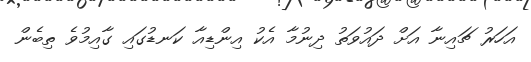
އަހަރު ޗައިނާ އަށް ދައުވަތު ދިނުމާ އެކު އިންޑިއާ ކަނޑުގައި ގާއިމުވެ ތިބެން